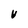
Character: V